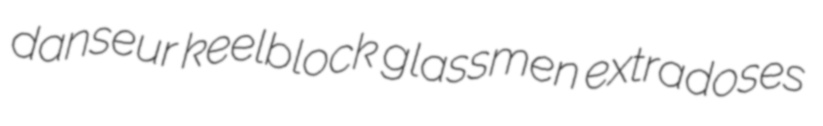
danseur keelblock glassmen extradoses